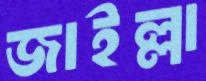
জাইল্লা